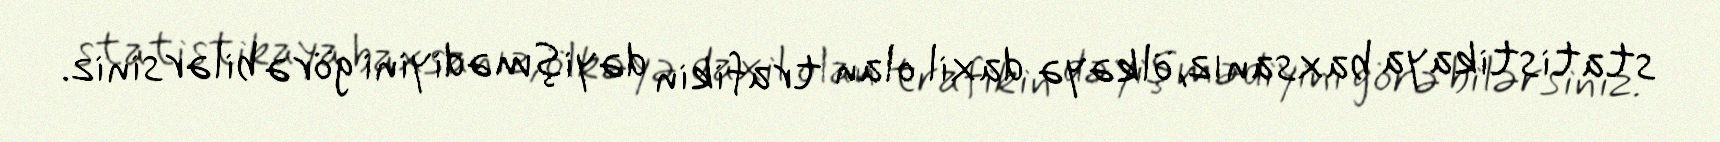
statistikaya baxsanız, ölkəyə daxil olan trafikin dəyişmədiyini görə bilərsiniz.